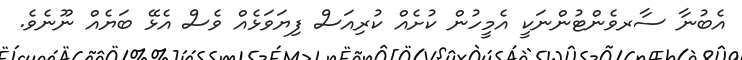
އެބުނާ ސާރވެންޓުންނަކީ އެމީހުން ކުށެއް ކުރިއަސް ފިޔަވަޅެއް ވެސް އެޅޭ ބަޔެއް ނޫނެވެ.